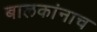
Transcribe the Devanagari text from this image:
बालकांनाच